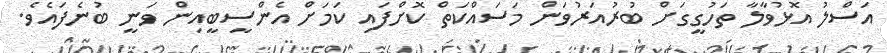
އަސްލު އޮޅުވާލާ ތަހުގީގަށް ބުރުއަރުވަން މަސައްކަތް ކޮށްފައި ކަމަށް އެންސީބީއިން ވަނީ ބުނެފައެވެ.